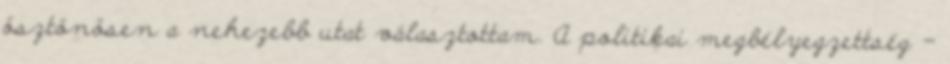
ösztönösen a nehezebb utat választottam. A politikai megbélyegzettség -